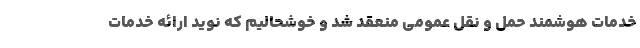
خدمات هوشمند حمل و نقل عمومی منعقد شد و خوشحالیم که نوید ارائه خدمات